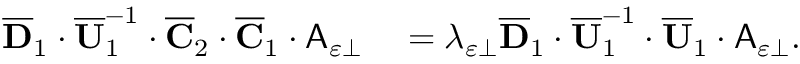
\begin{array} { r l } { \overline { { \mathbf { D } } } _ { 1 } \cdot \overline { { \mathbf { U } } } _ { 1 } ^ { - 1 } \cdot \overline { { \mathbf { C } } } _ { 2 } \cdot \overline { { \mathbf { C } } } _ { 1 } \cdot \mathsf { A } _ { \varepsilon \perp } } & { { } = \lambda _ { \varepsilon \perp } \overline { { \mathbf { D } } } _ { 1 } \cdot \overline { { \mathbf { U } } } _ { 1 } ^ { - 1 } \cdot \overline { { \mathbf { U } } } _ { 1 } \cdot \mathsf { A } _ { \varepsilon \perp } . } \end{array}